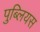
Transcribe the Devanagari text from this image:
पुब्लियस